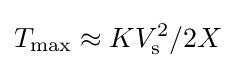
T_{\text{max}}\approx KV_{\text{s}}^{2}/2X